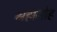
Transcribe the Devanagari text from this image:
महामोह